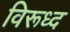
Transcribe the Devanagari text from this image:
विरूध्‍द